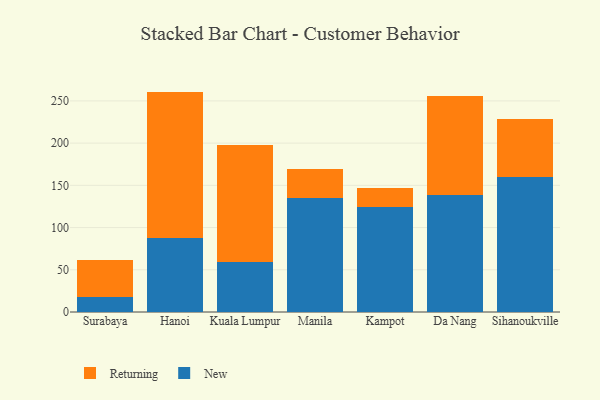
{"axis": {"x": "City", "y": "Conversion Rate (%)"}, "legend": ["New", "Returning"], "data": [{"x": "Surabaya", "y": 17.8, "type": "New"}, {"x": "Surabaya", "y": 43.4, "type": "Returning"}, {"x": "Hanoi", "y": 87.5, "type": "New"}, {"x": "Hanoi", "y": 173.5, "type": "Returning"}, {"x": "Kuala Lumpur", "y": 59.1, "type": "New"}, {"x": "Kuala Lumpur", "y": 138.2, "type": "Returning"}, {"x": "Manila", "y": 135.4, "type": "New"}, {"x": "Manila", "y": 33.4, "type": "Returning"}, {"x": "Kampot", "y": 124.6, "type": "New"}, {"x": "Kampot", "y": 21.7, "type": "Returning"}, {"x": "Da Nang", "y": 138.7, "type": "New"}, {"x": "Da Nang", "y": 116.8, "type": "Returning"}, {"x": "Sihanoukville", "y": 160.4, "type": "New"}, {"x": "Sihanoukville", "y": 68.7, "type": "Returning"}]}